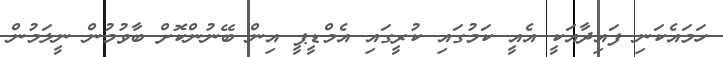
ހަމައެކަނި ފައިދާއަކީ އެއީ ކަމުގައި ކުރީގައި އެމްޑީޕީ އިން ބޭނުންކޮށް ބާވުމުން ނީލަމުން